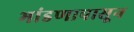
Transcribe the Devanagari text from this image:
भांडणापासून